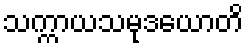
သက္ကာယသမုဒယောတိ